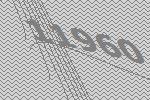
11960